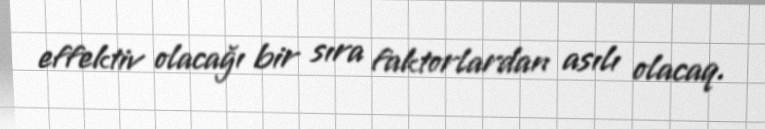
effektiv olacağı bir sıra faktorlardan asılı olacaq.